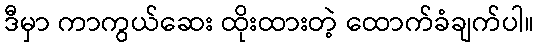
ဒီမှာ ကာကွယ်ဆေး ထိုးထားတဲ့ ထောက်ခံချက်ပါ။